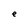
Character: e